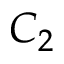
C _ { 2 }